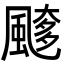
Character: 𩘖